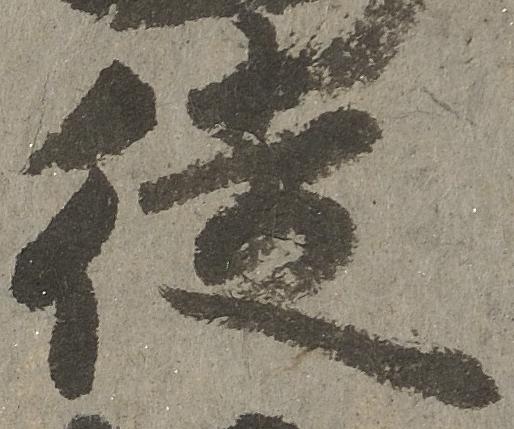
徒